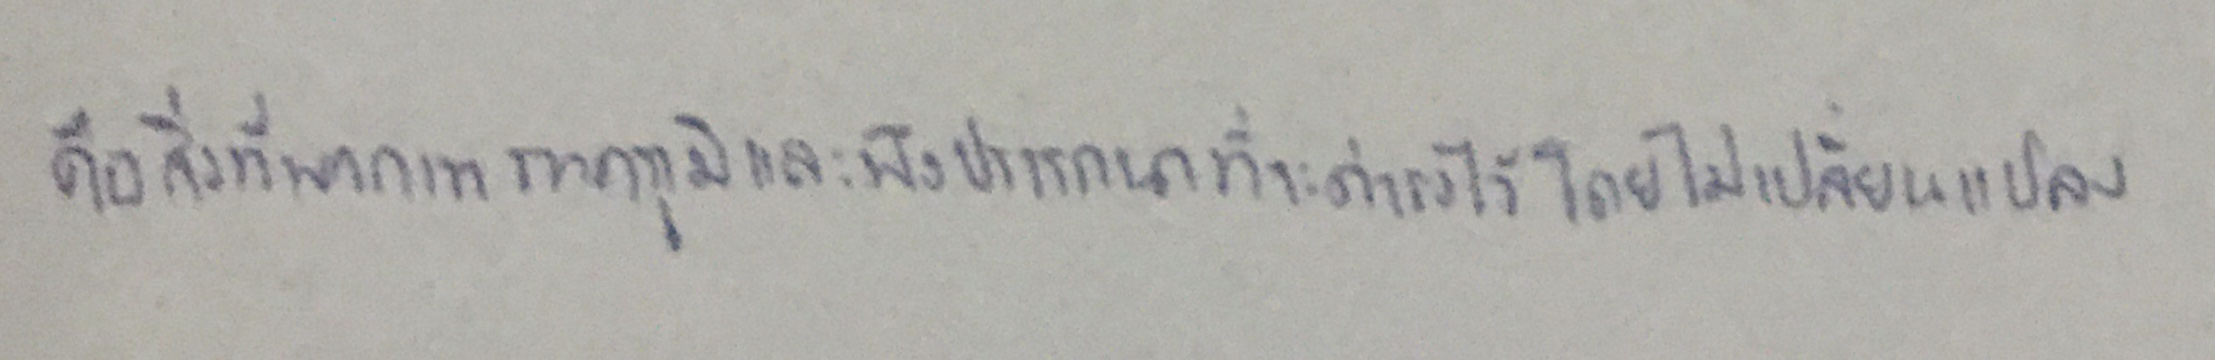
คือสิ่งที่พวกเขาภาคภูมิและพึงปรารถนาที่จะดำรงไว้โดยไม่เปลี่ยนแปลง